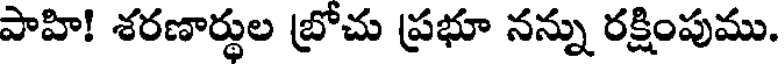
పాహి! శరణార్థుల బ్రోచు ప్రభూ నన్ను రక్షింపుము.